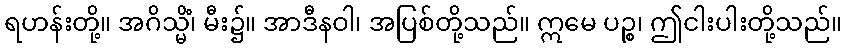
ရဟန်းတို့။ အဂိသ္မိံ၊ မီး၌။ အာဒီနဝါ၊ အပြစ်တို့သည်။ ဣမေ ပဉ္စ၊ ဤငါးပါးတို့သည်။